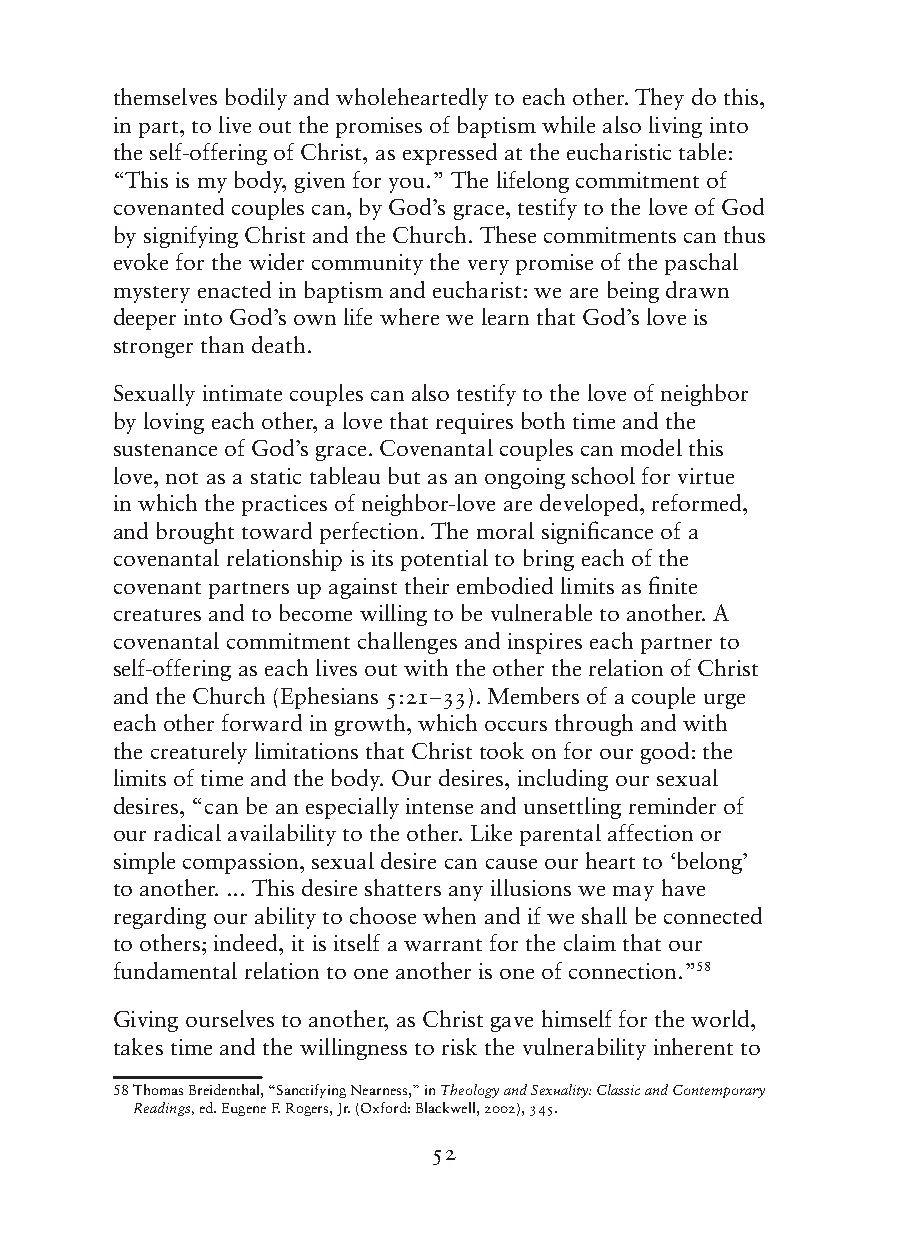
themselves bodily and wholeheartedly to each other. They do this,
 in part, to live out the promises of baptism while also living into
 the self-offering of Christ, as expressed at the eucharistic table:
 “This is my body, given for you.” The lifelong commitment of
 covenanted couples can, by God’s grace, testify to the love of God
 by signifying Christ and the Church. These commitments can thus
 evoke for the wider community the very promise of the paschal
 mystery enacted in baptism and eucharist: we are being drawn
 deeper into God’s own life where we learn that God’s love is
 stronger than death.
 Sexually intimate couples can also testify to the love of neighbor
 by loving each other, a love that requires both time and the
 sustenance of God’s grace. Covenantal couples can model this
 love, not as a static tableau but as an ongoing school for virtue
 in which the practices of neighbor-love are developed, reformed,
 and brought toward perfection. The moral significance of a
 covenantal relationship is its potential to bring each of the
 covenant partners up against their embodied limits as finite
 creatures and to become willing to be vulnerable to another. A
 covenantal commitment challenges and inspires each partner to
 self-offering as each lives out with the other the relation of Christ
 and the Church (Ephesians 5:21–33). Members of a couple urge
 each other forward in growth, which occurs through and with
 the creaturely limitations that Christ took on for our good: the
 limits of time and the body. Our desires, including our sexual
 desires, “can be an especially intense and unsettling reminder of
 our radical availability to the other. Like parental affection or
 simple compassion, sexual desire can cause our heart to ‘belong’
 to another. ... This desire shatters any illusions we may have
 regarding our ability to choose when and if we shall be connected
 to others; indeed, it is itself a warrant for the claim that our
 fundamental relation to one another is one of connection.”58
 Giving ourselves to another, as Christ gave himself for the world,
 takes time and the willingness to risk the vulnerability inherent to
 58 T homas Breidenthal, “Sanctifying Nearness,” in Theology and Sexuality: Classic and Contemporary
 Readings, ed. Eugene F. Rogers, Jr. (Oxford: Blackwell, 2002), 345.
 52